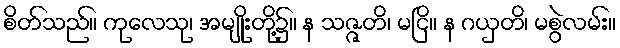
စိတ်သည်။ ကုလေသု၊ အမျိုးတို့၌။ န သဇ္ဇတိ၊ မငြိ။ န ဂယှတိ၊ မစွဲလမ်း။